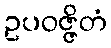
ဥပဝဇ္ဇိတံ